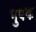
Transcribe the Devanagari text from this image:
मुषक